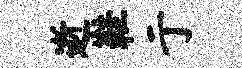
逝鞋亍